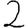
Digit: 2